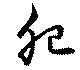
肥